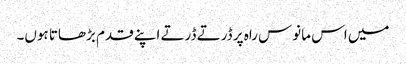
میں اس مانوس راہ پر ڈرتے ڈرتے اپنے قدم بڑھاتا ہوں۔